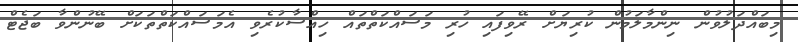
މިބައްދަލުވުން ނިންމާލަމުން ކުރިޔަށް ރޭވިފައި ހުރި މަސައްކަތްތައް ހިއްސާކުރެވި އެމަސައްކަތްތަކަށް ބޭނުންވާ ބަޖެޓް